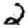
Digit: 2